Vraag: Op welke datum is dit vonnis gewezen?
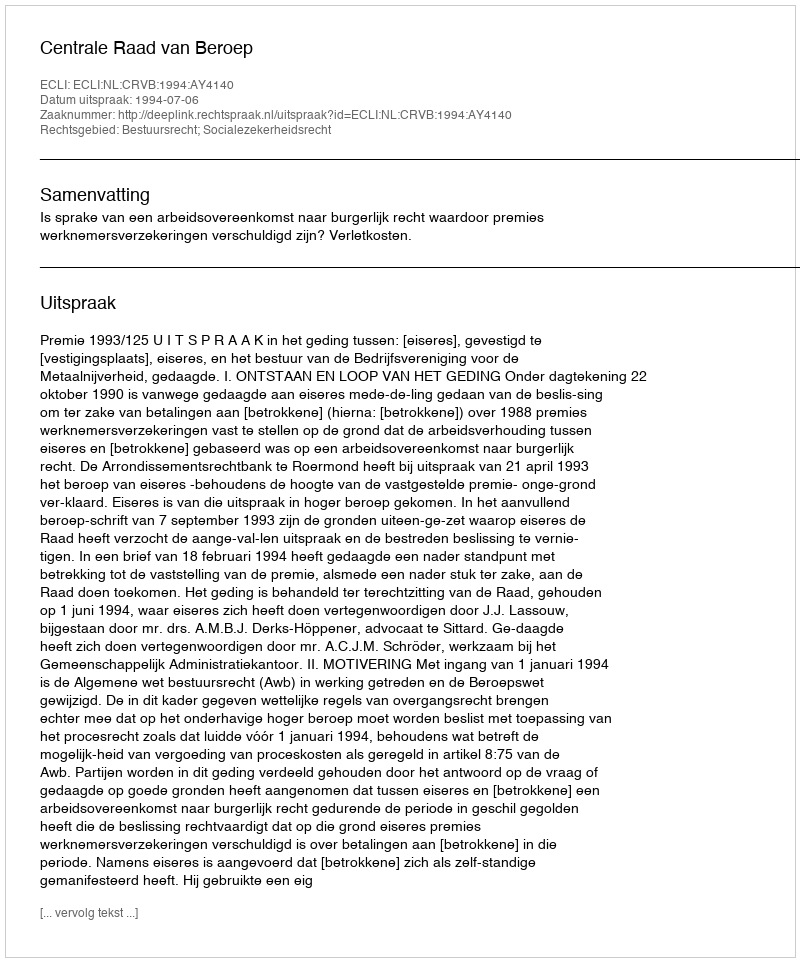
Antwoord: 1994-07-06